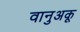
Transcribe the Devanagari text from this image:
वानुअकू